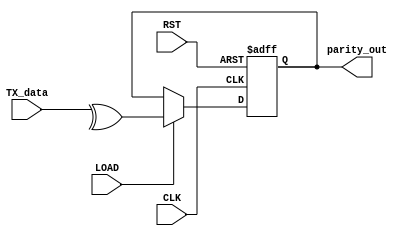
module even_parity(TX_data,LOAD,CLK,RST,parity_out);
  input [7:0] TX_data;
  input LOAD,CLK,RST;
  output reg parity_out;
  
  always @(posedge CLK or posedge RST) begin
   if (RST)
	  parity_out <= 1'b0;
   else  if (LOAD)
    parity_out <= ^ TX_data;
	else
	 parity_out <= parity_out;
  end
  
endmodule